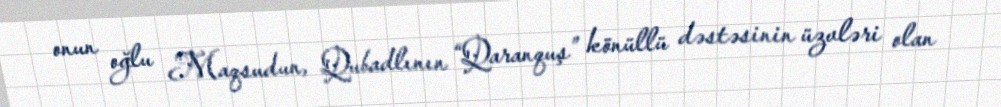
onun oğlu Maqsudun, Qubadlının “Qaranquş” könüllü dəstəsinin üzvləri olan